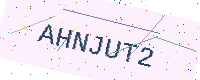
Text: AHNJUT2